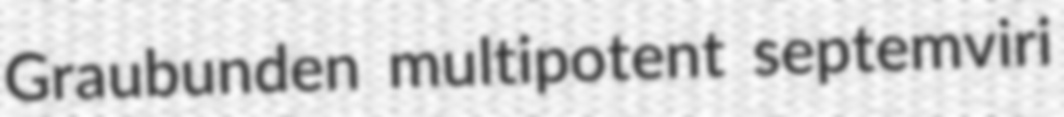
Graubunden multipotent septemviri